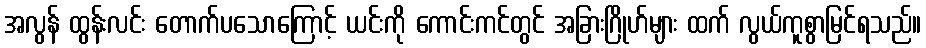
အလွန် ထွန်းလင်း တောက်ပသောကြောင့် ယင်းကို ကောင်းကင်တွင် အခြားဂြိုဟ်များ ထက် လွယ်ကူစွာမြင်ရသည်။